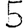
Digit: 5